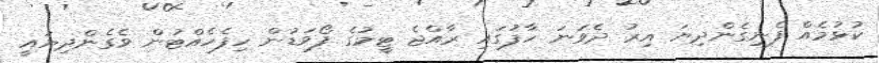
ކުޅުމެއް ފެނިގެންދިޔަ އިރު ދެވަނަ ހާފުގައި ރާއްޖެ ޓީމުގެ ފޯވަޑުން ހިފެހެއްޓުން ވެގެންދިޔައީ